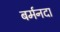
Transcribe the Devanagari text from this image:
बर्मनदा